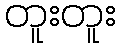
တူးတူး